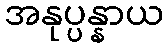
အနုပ္ပန္နာယ